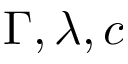
\Gamma , \lambda , c